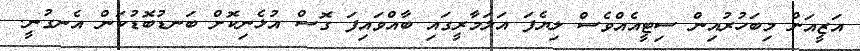
އަޒީއަށް މިބަހުރުއިން ސިޓީއެއްވެސް ލިޔެފަ އަލަމާރީގައި ބާއްވައިފަ ގޮސް އުޅެނިކޮށް ބަނޑުބޮޑުކަން އެނގުނީ.